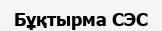
Бұқтырма СЭС